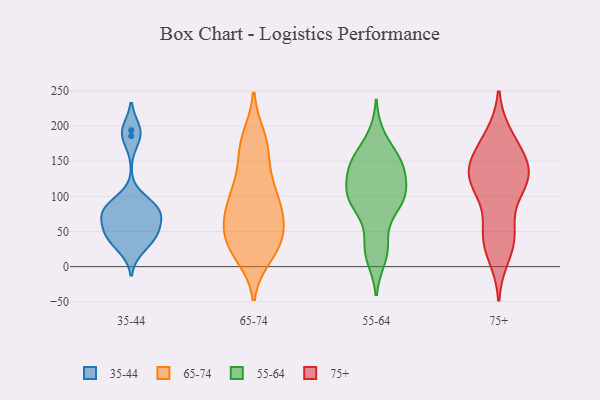
{"axis": {"x": "Churn Rate (%)", "y": "Value"}, "legend": ["35-44", "55-64", "65-74", "75+"], "data": [{"x": "", "y": 56, "type": "35-44"}, {"x": "", "y": 47, "type": "35-44"}, {"x": "", "y": 79, "type": "35-44"}, {"x": "", "y": 42, "type": "35-44"}, {"x": "", "y": 88, "type": "35-44"}, {"x": "", "y": 74, "type": "35-44"}, {"x": "", "y": 194, "type": "35-44"}, {"x": "", "y": 84, "type": "35-44"}, {"x": "", "y": 186, "type": "35-44"}, {"x": "", "y": 44, "type": "35-44"}, {"x": "", "y": 80, "type": "35-44"}, {"x": "", "y": 26, "type": "35-44"}, {"x": "", "y": 81, "type": "65-74"}, {"x": "", "y": 36, "type": "65-74"}, {"x": "", "y": 16, "type": "65-74"}, {"x": "", "y": 27, "type": "65-74"}, {"x": "", "y": 51, "type": "65-74"}, {"x": "", "y": 74, "type": "65-74"}, {"x": "", "y": 24, "type": "65-74"}, {"x": "", "y": 169, "type": "65-74"}, {"x": "", "y": 71, "type": "65-74"}, {"x": "", "y": 184, "type": "65-74"}, {"x": "", "y": 37, "type": "65-74"}, {"x": "", "y": 166, "type": "65-74"}, {"x": "", "y": 120, "type": "65-74"}, {"x": "", "y": 76, "type": "65-74"}, {"x": "", "y": 116, "type": "65-74"}, {"x": "", "y": 98, "type": "65-74"}, {"x": "", "y": 116, "type": "65-74"}, {"x": "", "y": 68, "type": "65-74"}, {"x": "", "y": 28, "type": "65-74"}, {"x": "", "y": 175, "type": "65-74"}, {"x": "", "y": 153, "type": "55-64"}, {"x": "", "y": 146, "type": "55-64"}, {"x": "", "y": 23, "type": "55-64"}, {"x": "", "y": 142, "type": "55-64"}, {"x": "", "y": 150, "type": "55-64"}, {"x": "", "y": 101, "type": "55-64"}, {"x": "", "y": 95, "type": "55-64"}, {"x": "", "y": 78, "type": "55-64"}, {"x": "", "y": 97, "type": "55-64"}, {"x": "", "y": 95, "type": "55-64"}, {"x": "", "y": 185, "type": "55-64"}, {"x": "", "y": 12, "type": "55-64"}, {"x": "", "y": 119, "type": "55-64"}, {"x": "", "y": 106, "type": "55-64"}, {"x": "", "y": 35, "type": "55-64"}, {"x": "", "y": 143, "type": "55-64"}, {"x": "", "y": 126, "type": "75+"}, {"x": "", "y": 182, "type": "75+"}, {"x": "", "y": 107, "type": "75+"}, {"x": "", "y": 114, "type": "75+"}, {"x": "", "y": 48, "type": "75+"}, {"x": "", "y": 129, "type": "75+"}, {"x": "", "y": 137, "type": "75+"}, {"x": "", "y": 140, "type": "75+"}, {"x": "", "y": 48, "type": "75+"}, {"x": "", "y": 130, "type": "75+"}, {"x": "", "y": 30, "type": "75+"}, {"x": "", "y": 161, "type": "75+"}, {"x": "", "y": 16, "type": "75+"}, {"x": "", "y": 159, "type": "75+"}, {"x": "", "y": 47, "type": "75+"}, {"x": "", "y": 119, "type": "75+"}, {"x": "", "y": 185, "type": "75+"}]}